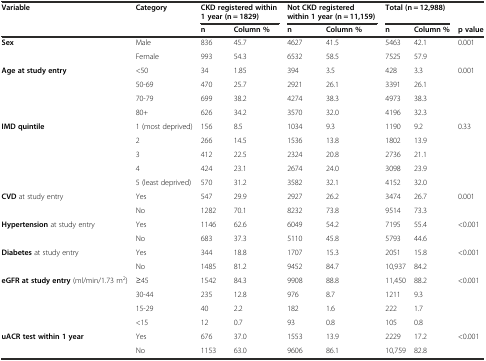
<table><thead><tr><td rowspan="2"><b>Variable</b></td><td rowspan="2"><b>Category</b></td><td colspan="2"><b>CKD registered within 1 year (n = 1829)</b></td><td colspan="2"><b>Not CKD registered within 1 year (n = 11,159)</b></td><td colspan="2"><b>Total (n = 12,988)</b></td><td></td></tr><tr><td><b>n</b></td><td><b>Column %</b></td><td><b>n</b></td><td><b>Column %</b></td><td><b>n</b></td><td><b>Column %</b></td><td><b>p value</b></td></tr></thead><tbody><tr><td rowspan="2"><b>Sex</b></td><td>Male</td><td>836</td><td>45.7</td><td>4627</td><td>41.5</td><td>5463</td><td>42.1</td><td rowspan="2">0.001</td></tr><tr><td>Female</td><td>993</td><td>54.3</td><td>6532</td><td>58.5</td><td>7525</td><td>57.9</td></tr><tr><td rowspan="4"><b>Age at study entry</b></td><td>&lt;50</td><td>34</td><td>1.85</td><td>394</td><td>3.5</td><td>428</td><td>3.3</td><td rowspan="4">0.001</td></tr><tr><td>50-69</td><td>470</td><td>25.7</td><td>2921</td><td>26.1</td><td>3391</td><td>26.1</td></tr><tr><td>70-79</td><td>699</td><td>38.2</td><td>4274</td><td>38.3</td><td>4973</td><td>38.3</td></tr><tr><td>80+</td><td>626</td><td>34.2</td><td>3570</td><td>32.0</td><td>4196</td><td>32.3</td></tr><tr><td rowspan="5"><b>IMD quintile</b></td><td>1 (most deprived)</td><td>156</td><td>8.5</td><td>1034</td><td>9.3</td><td>1190</td><td>9.2</td><td rowspan="5">0.33</td></tr><tr><td>2</td><td>266</td><td>14.5</td><td>1536</td><td>13.8</td><td>1802</td><td>13.9</td></tr><tr><td>3</td><td>412</td><td>22.5</td><td>2324</td><td>20.8</td><td>2736</td><td>21.1</td></tr><tr><td>4</td><td>424</td><td>23.1</td><td>2674</td><td>24.0</td><td>3098</td><td>23.9</td></tr><tr><td>5 (least deprived)</td><td>570</td><td>31.2</td><td>3582</td><td>32.1</td><td>4152</td><td>32.0</td></tr><tr><td rowspan="2"><b>CVD</b> at study entry</td><td>Yes</td><td>547</td><td>29.9</td><td>2927</td><td>26.2</td><td>3474</td><td>26.7</td><td rowspan="2">0.001</td></tr><tr><td>No</td><td>1282</td><td>70.1</td><td>8232</td><td>73.8</td><td>9514</td><td>73.3</td></tr><tr><td rowspan="2"><b>Hypertension</b> at study entry</td><td>Yes</td><td>1146</td><td>62.6</td><td>6049</td><td>54.2</td><td>7195</td><td>55.4</td><td rowspan="2">&lt;0.001</td></tr><tr><td>No</td><td>683</td><td>37.3</td><td>5110</td><td>45.8</td><td>5793</td><td>44.6</td></tr><tr><td rowspan="2"><b>Diabetes</b> at study entry</td><td>Yes</td><td>344</td><td>18.8</td><td>1707</td><td>15.3</td><td>2051</td><td>15.8</td><td rowspan="2">&lt;0.001</td></tr><tr><td>No</td><td>1485</td><td>81.2</td><td>9452</td><td>84.7</td><td>10,937</td><td>84.2</td></tr><tr><td rowspan="4"><b>eGFR at study entry</b> (ml/min/1.73 m<sup>2</sup>)</td><td>≥45</td><td>1542</td><td>84.3</td><td>9908</td><td>88.8</td><td>11,450</td><td>88.2</td><td rowspan="4">&lt;0.001</td></tr><tr><td>30-44</td><td>235</td><td>12.8</td><td>976</td><td>8.7</td><td>1211</td><td>9.3</td></tr><tr><td>15-29</td><td>40</td><td>2.2</td><td>182</td><td>1.6</td><td>222</td><td>1.7</td></tr><tr><td>&lt;15</td><td>12</td><td>0.7</td><td>93</td><td>0.8</td><td>105</td><td>0.8</td></tr><tr><td rowspan="2"><b>uACR test within 1 year</b></td><td>Yes</td><td>676</td><td>37.0</td><td>1553</td><td>13.9</td><td>2229</td><td>17.2</td><td rowspan="2">&lt;0.001</td></tr><tr><td>No</td><td>1153</td><td>63.0</td><td>9606</td><td>86.1</td><td>10,759</td><td>82.8</td></tr></tbody></table>